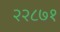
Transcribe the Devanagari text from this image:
२२८७१